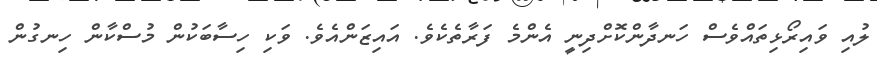
ލުއި ވައިރޯޅިތައްވެސް ހަނދާންކޮށްދިނީ އެންމެ ފަރާތެކެވެ. އައިޒަންއެވެ. ވަކި ހިސާބަކުން މުސްކާން ހިނގުން